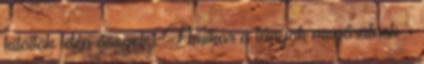
kitöltök idén ősszel: . Amikor a lányok megőrülnek -